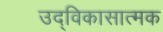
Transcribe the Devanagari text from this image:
उद्विकासात्मक